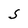
Character: S